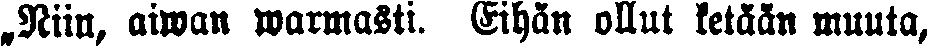
„Niin, aiwan warmasti. Eihän ollut ketään muuta,